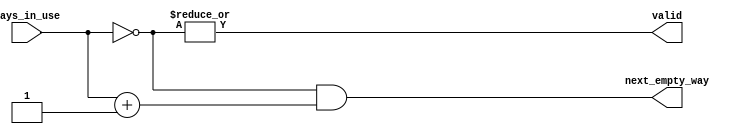
/** @module : empty_way_select
 *  @author : Adaptive & Secure Computing Systems (ASCS) Laboratory
 *  @author : Sahan Bandara

 *  Copyright (c) 2019 BRISC-V (ASCS/ECE/BU)
 *  Permission is hereby granted, free of charge, to any person obtaining a copy
 *  of this software and associated documentation files (the "Software"), to deal
 *  in the Software without restriction, including without limitation the rights
 *  to use, copy, modify, merge, publish, distribute, sublicense, and/or sell
 *  copies of the Software, and to permit persons to whom the Software is
 *  furnished to do so, subject to the following conditions:
 *  The above copyright notice and this permission notice shall be included in
 *  all copies or substantial portions of the Software.

 *  THE SOFTWARE IS PROVIDED "AS IS", WITHOUT WARRANTY OF ANY KIND, EXPRESS OR
 *  IMPLIED, INCLUDING BUT NOT LIMITED TO THE WARRANTIES OF MERCHANTABILITY,
 *  FITNESS FOR A PARTICULAR PURPOSE AND NONINFRINGEMENT. IN NO EVENT SHALL THE
 *  AUTHORS OR COPYRIGHT HOLDERS BE LIABLE FOR ANY CLAIM, DAMAGES OR OTHER
 *  LIABILITY, WHETHER IN AN ACTION OF CONTRACT, TORT OR OTHERWISE, ARISING FROM,
 *  OUT OF OR IN CONNECTION WITH THE SOFTWARE OR THE USE OR OTHER DEALINGS IN
 *  THE SOFTWARE.
 */

module empty_way_select #(
  parameter NUMBER_OF_WAYS = 4
) (
  ways_in_use,
  next_empty_way,
  valid
);

//define the log2 function
function integer log2;
input integer value;
begin
  value = value-1;
  for(log2=0; value>0; log2=log2+1)
    value = value>>1;
  end
endfunction


input [NUMBER_OF_WAYS-1:0]     ways_in_use;
output [NUMBER_OF_WAYS-1:0] next_empty_way;
output valid;

wire [NUMBER_OF_WAYS-1:0] invert, plusone;

assign invert         =     ~ways_in_use;
assign plusone        =  ways_in_use + 1;
assign next_empty_way = invert & plusone;
assign valid          =          |invert;

endmodule